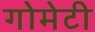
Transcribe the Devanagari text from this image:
गोमेटी